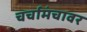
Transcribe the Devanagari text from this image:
चर्चामंचावर